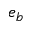
e _ { b }